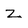
Character: Z